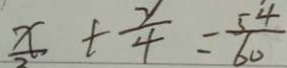
x + \frac { x } { 4 } = \frac { 5 4 } { 6 0 }